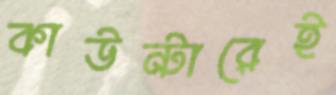
কাউন্টারেই